Calcutta medical institutions reports 1892-1900
Year: 1892
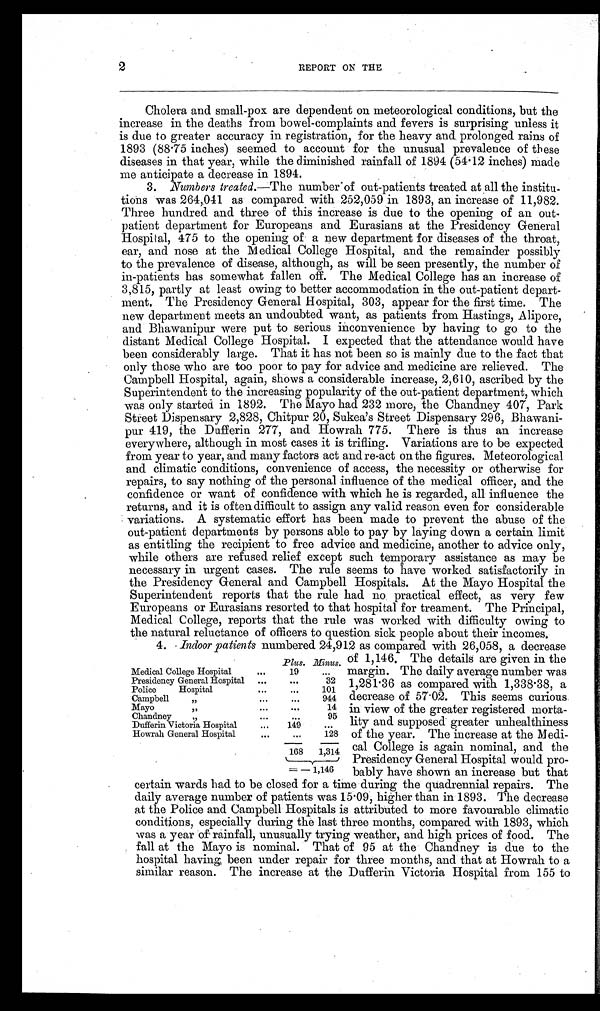
2
REPORT ON THE
Cholera and small-pox are dependent on meteorological conditions, but the
increase in the deaths from bowel-complaints and fevers is surprising unless it
is due to greater accuracy in registration, for the heavy and prolonged rains of
1893 (88.75 inches) seemed to account for the unusual prevalence of these
diseases in that year, while the diminished rainfall of 1894 (54.12 inches) made
me anticipate a decrease in 1894.
3. Numbers treated .—The number of out-patients treated at all the institu-
tions was 264,041 as compared with 252,059 in 1893, an increase of 11,982.
Three hundred and three of this increase is due to the opening of an
out-patient department for Europeans and Eurasians at the Presidency General
Hospital, 475 to the opening of a new department for diseases of the throat,
ear, and nose at the Medical College Hospital, and the remainder possibly
to the prevalence of disease, although, as will be seen presently, the number of
in-patients has somewhat fallen off. The Medical College has an increase of
3,815, partly at least owing to better accommodation in the out-patient depart-
ment, The Presidency General Hospital, 303, appear for the first time. The
new department meets an undoubted want, as patients from Hastings, Alipore,
and Bhawanipur were put to serious inconvenience by having to go to the
distant Medical College Hospital. I expected that the attendance would have
been considerably large. That it has not been so is mainly due to the fact that
only those who are too poor to pay for advice and medicine are relieved. The
Campbell Hospital, again, shows a considerable increase, 2,610, ascribed by the
Superintendent to the increasing popularity of the out-patient department, which
was only started in 1892. The Mayo had 232 more, the Chandney 407, Park
Street Dispensary 2,828, Chitpur 20, Sukea's Street Dispensary 296,
B h a w a n i - p u r 4 1 9 , t h e D u f f e r i n 2 7 7 , a n d H o w r a h 7 7 5 . T h e r e i s t h u s a n i n c r e a s e
everywhere, although in most cases it is trifling. Variations are to be expected
from year to year, and many factors act and re-act on the figures. Meteorological
and climatic conditions, convenience of access, the necessity or otherwise for
repairs, to say nothing of the personal influence of the medical officer, and the
confidence or want of confidence with which he is regarded, all influence the
returns, and it is often difficult to assign any valid reason even for considerable
variations. A systematic effort has been made to prevent the abuse of the
out-patient departments by persons able to pay by laying down a certain limit
as entitling the recipient to free advice and medicine, another to advice only,
while others are refused relief except such temporary assistance as may be
necessary in urgent cases. The rule seems to have worked satisfactorily in
the Presidency General and Campbell Hospitals. At the Mayo Hospital the
Superintendent reports that the rule had no practical effect, as very few
Europeans or Eurasians resorted to that hospital for treament. The Principal,
Medical College, reports that the rule was worked with difficulty owing to
the natural reluctance of officers to question sick people about their incomes.
4. Indoor patients numbered 24,912 as compared with 26,058, a decrease
Plus. Minus.
Medical College Hospital
Presidency General Hospital
...
...
19
32
...
Police
Hospital
•••
..•
101
Campbell
„
...
..•
944
Mayo
,,
Chandney
••.
•••
•••
14
•••
95
Dufferin Victoria Hospital
...
149
...
Howrah General Hospital
•••
•••
128
168
1,314
=- 1,146
1,146
of 1,146. The details are given in the
margin. The daily average number was
1,281.36 as compared with 1,338.38, a
decrease of 57.02. This seems curious.
in view of the greater registered morta-
lity and supposed greater unhealthiness
of the year. The increase at the Medi-
cal College is again nominal, and the
Presidency General Hospital would pro-
bably have shown an increase but that
certain wards had to be closed for a time during the quadrennial repairs. The
daily average number of patients was 15.09, higher than in 1893. The decrease
at the Police and Campbell Hospitals is attributed to more favourable climatic
conditions, especially during the last three months, compared with 1893, which
was a year of rainfall, unusually trying weather, and high prices of food. The
fall at the Mayo is nominal. That of 95 at the Chandney is due to the
hospital having, been under repair for three months, and that at Howrah to a
similar reason. The increase at the Dufferin Victoria Hospital from 155 to